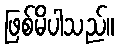
ဖြစ်မိပါသည်။